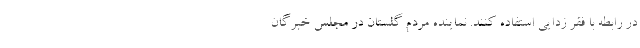
در رابطه با فقر زدایی استفاده کنند. نماینده مردم گلستان در مجلس خبرگان